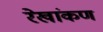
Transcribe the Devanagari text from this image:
रेखांकण